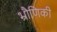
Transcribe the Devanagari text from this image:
भ्रौणिकी